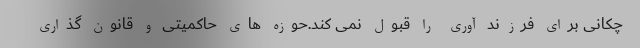
چکانی برای فرزند آوری را قبول نمی کند.حوزه های حاکمیتی و قانون گذاری